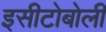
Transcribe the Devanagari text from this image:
इसीटोबोली